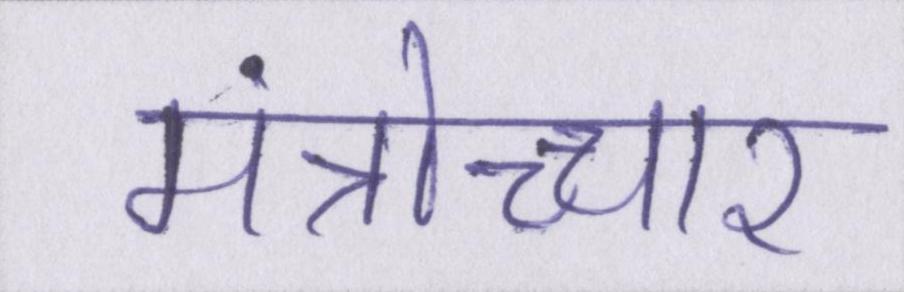
मंत्रोच्चार